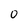
Character: 0